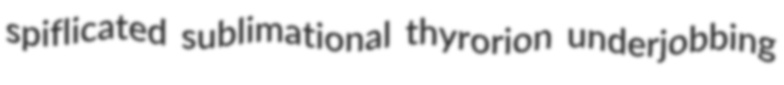
spiflicated sublimational thyrorion underjobbing